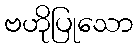
ဗဟိုပြုသော